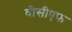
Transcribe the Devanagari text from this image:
वीसीएफ